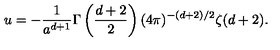
u = - { \frac { 1 } { a ^ { d + 1 } } } \Gamma \left( { \frac { d + 2 } { 2 } } \right) ( 4 \pi ) ^ { - ( d + 2 ) / 2 } \zeta ( d + 2 ) .